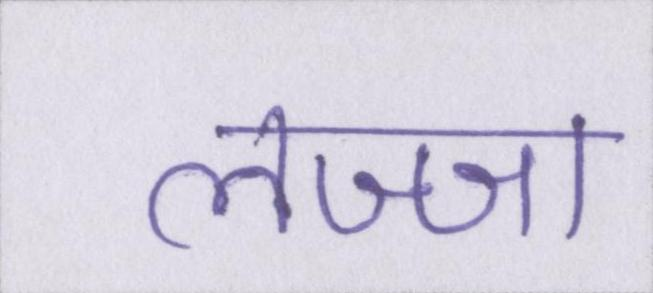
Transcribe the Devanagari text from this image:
लज्जा